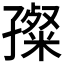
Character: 𡦞